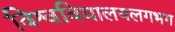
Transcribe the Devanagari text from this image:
विश्वविद्यालयलगभग